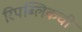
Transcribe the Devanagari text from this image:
रिपब्लिकची